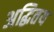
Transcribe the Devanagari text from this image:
अद्धितय